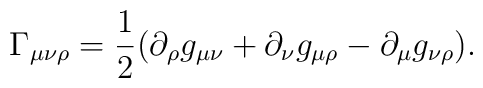
\Gamma_{\mu \nu \rho} = \frac12 (			\partial_\rho g_{\mu \nu}+			\partial_\nu  g_{\mu \rho}-			\partial_\mu  g_{\nu \rho}).